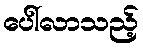
ပေါ်လာသည့်